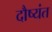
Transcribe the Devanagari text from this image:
दौष्यंत